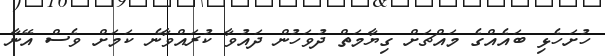
ހުށަހެޅި ބައެއްގެ މައްޗަށް ގިޔާމަތް ދުވަހުން ދައުވާ ކުރައްވާނެ ކަމަށް ވެސް އޭނާ